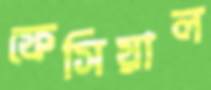
ফেসিয়াল